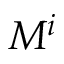
M ^ { i }